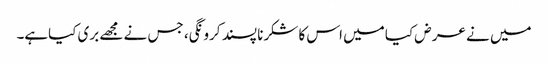
میں نے عر ض کیا میں اس کا شکرنا پسند کرو نگی، جس نے مجھے بری کیاہے۔